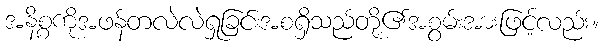
အနိစ္စကိုအဖန်တလဲလဲရှုခြင်းအစရှိသည်တို့၏အစွမ်းအားဖြင့်လည်း။